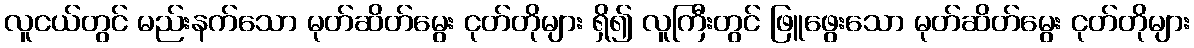
လူငယ်တွင် မည်းနက်သော မုတ်ဆိတ်မွေး ငုတ်တိုများ ရှိ၍ လူကြီးတွင် ဖြူဖွေးသော မုတ်ဆိတ်မွေး ငုတ်တိုများ